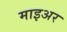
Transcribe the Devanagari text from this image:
माइअर